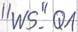
Text: "WS".Q1